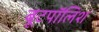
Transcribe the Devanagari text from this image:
बूटपॉलिश